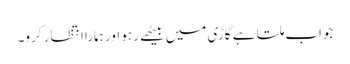
جواب ملتا ہے گاڑی میں بیٹھے رہو اور ہمارا انتظار کرو۔